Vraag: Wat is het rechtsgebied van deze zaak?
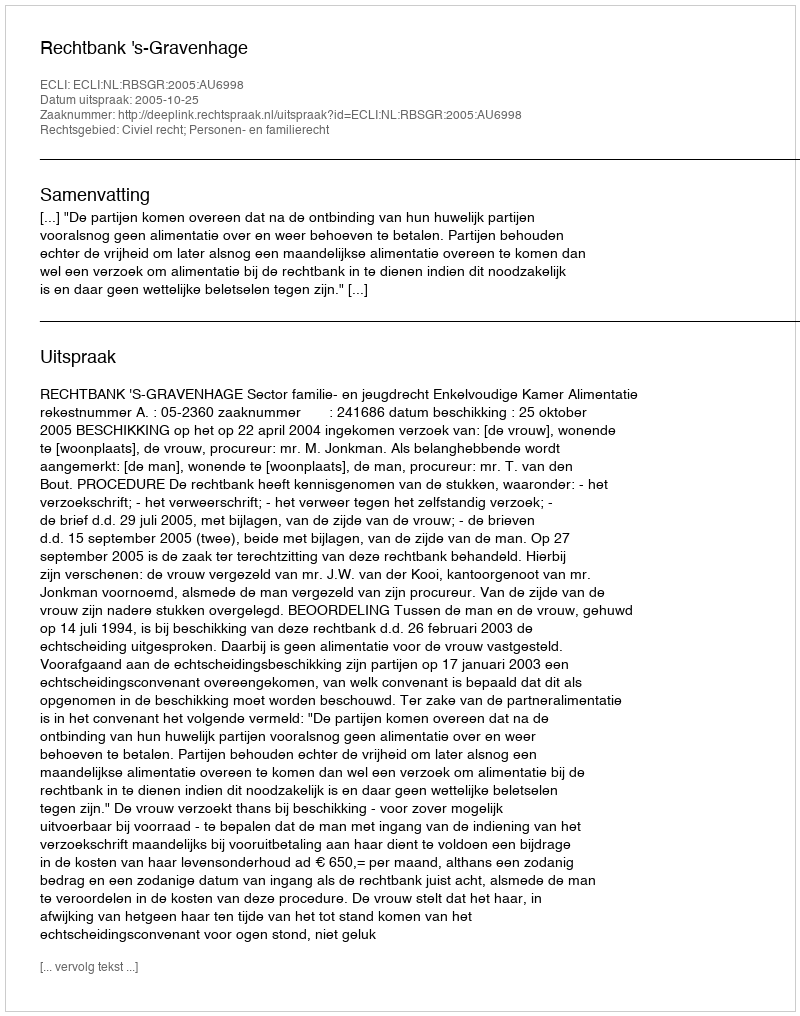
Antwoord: Civiel recht; Personen- en familierecht